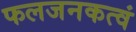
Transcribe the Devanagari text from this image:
फलजनकत्वं